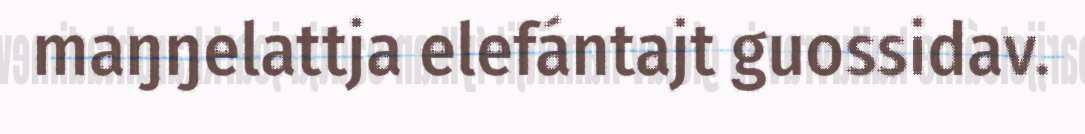
maŋŋelattja elefántajt guossidav.